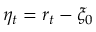
\eta _ { t } = r _ { t } - \xi _ { 0 }